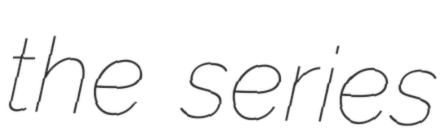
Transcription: the series